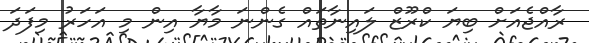
ރާއްޖެއަށް ބިޔަ ކްރޫޒް ލައިނާތައް ގެންނަ މާޔާ އިން މި އަހަރު މިފަދަ